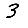
Digit: 3